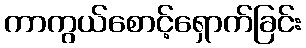
ကာကွယ်စောင့်ရှောက်ခြင်း